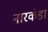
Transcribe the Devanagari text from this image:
नारकंडा